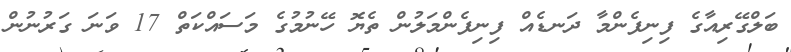
ބަލްގޭރިއާގެ ފިނިފެންމާ ދަނޑެއް ފިނިފެންމަލުން ތެޔޮ ހޭނުމުގެ މަސައްކަތް 17 ވަނަ ގަރުނުން